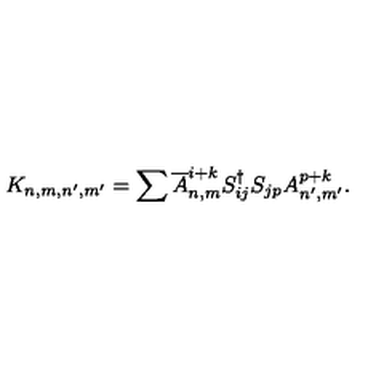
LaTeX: K _ { n , m , n ^ { \prime } , m ^ { \prime } } = \sum \overline { { A } } _ { n , m } ^ { i + k } S _ { i j } ^ { \dagger } S _ { j p } A _ { n ^ { \prime } , m ^ { \prime } } ^ { p + k } .